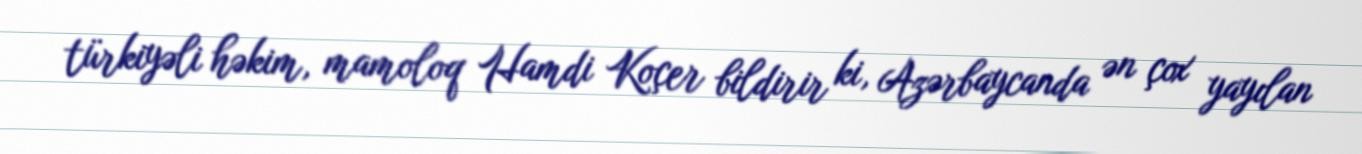
türkiyəli həkim, mamoloq Hamdi Koçer bildirir ki, Azərbaycanda ən çox yayılan